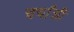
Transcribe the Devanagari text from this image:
चर्चांशी